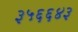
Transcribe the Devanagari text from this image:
३५६६४३